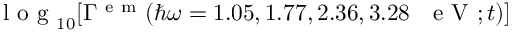
\mathrm { ~ l ~ o ~ g ~ } _ { 1 0 } [ \Gamma ^ { \mathrm { ~ e ~ m ~ } } ( \hbar \omega = 1 . 0 5 , 1 . 7 7 , 2 . 3 6 , 3 . 2 8 \mathrm { ~ ~ ~ e ~ V ~ } ; t ) ]